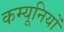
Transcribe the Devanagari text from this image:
कम्यूनियों